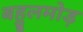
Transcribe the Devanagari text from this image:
बहुलमोड़